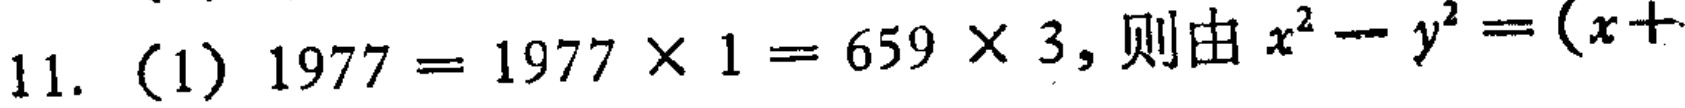
11. (1) \(1977 = 1977\times1 = 659\times3\), 则由 \(x^{2}-y^{2}=(x + \)